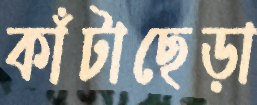
কাঁটাছেড়া